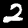
Digit: 2